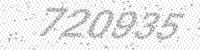
Solution: 720935